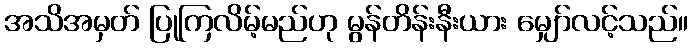
အသိအမှတ် ပြုကြလိမ့်မည်ဟု မွန်တိန်းနီးယား မျှော်လင့်သည်။